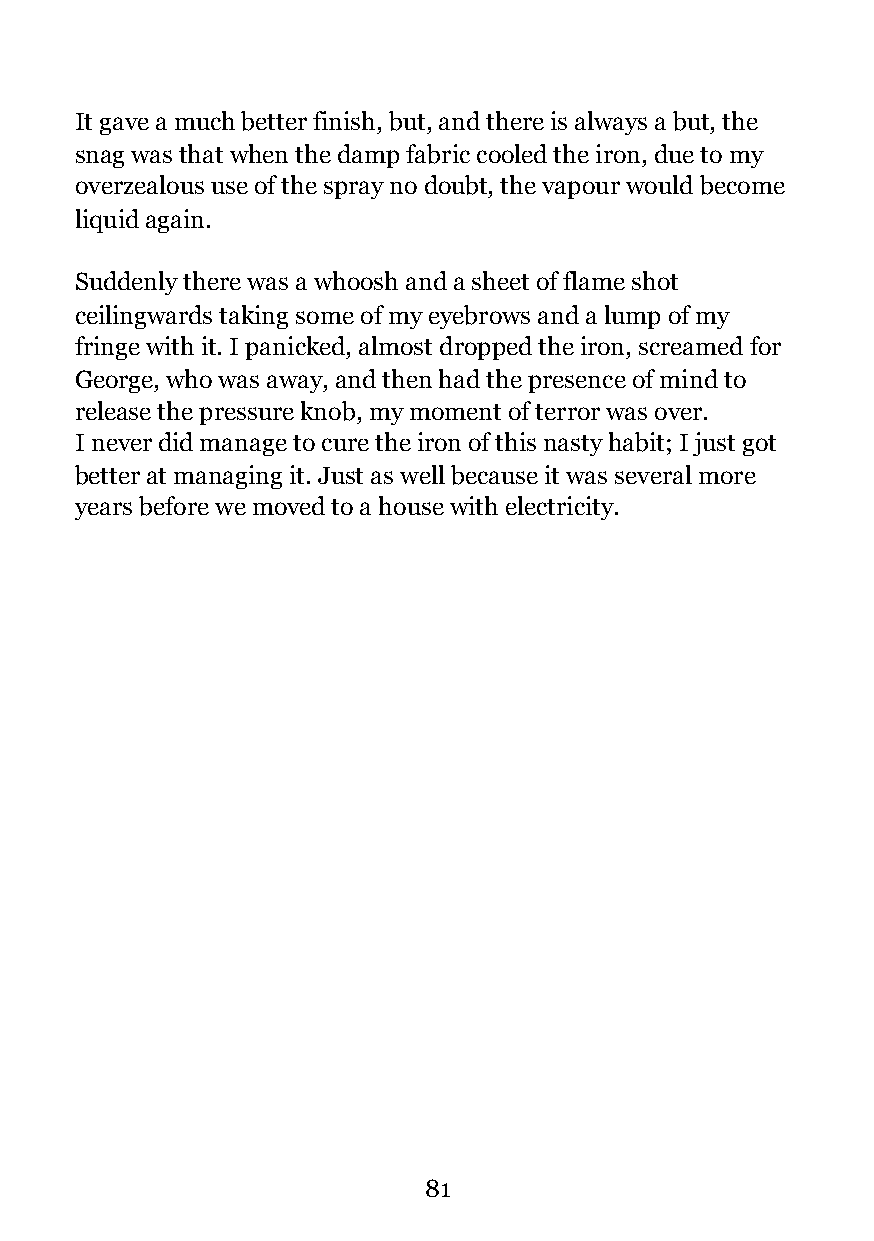
It gave a much better finish, but, and there is always a but, the
 snag was that when the damp fabric cooled the iron, due to my
 overzealous use of the spray no doubt, the vapour would become
 liquid again.
 Suddenly there was a whoosh and a sheet of flame shot
 ceilingwards taking some of my eyebrows and a lump of my
 fringe with it. I panicked, almost dropped the iron, screamed for
 George, who was away, and then had the presence of mind to
 release the pressure knob, my moment of terror was over.
 I never did manage to cure the iron of this nasty habit; I just got
 better at managing it. Just as well because it was several more
 years before we moved to a house with electricity.
 !81